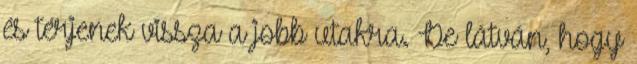
és térjenek vissza a jobb utakra. De látván, hogy